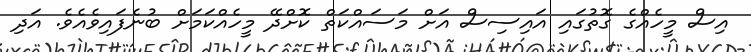
އިސް މީހެއްގެ ގޮތުގައި އައިސިސް އަށް މަސައްކަތް ކޮށްދޭ މީހެއްކަމަށް ބުނެފައިވެއެވެ. އަދި